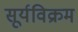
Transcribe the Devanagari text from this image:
सूर्यविक्रम